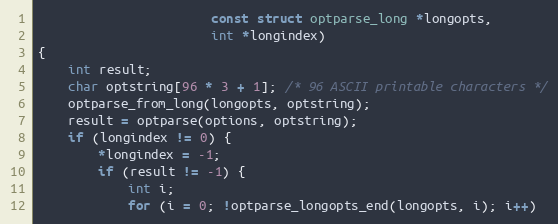
Language: C
                       const struct optparse_long *longopts,
                       int *longindex)
{
    int result;
    char optstring[96 * 3 + 1]; /* 96 ASCII printable characters */
    optparse_from_long(longopts, optstring);
    result = optparse(options, optstring);
    if (longindex != 0) {
        *longindex = -1;
        if (result != -1) {
            int i;
            for (i = 0; !optparse_longopts_end(longopts, i); i++)